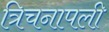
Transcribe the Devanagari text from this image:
त्रिचनापली